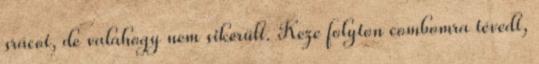
srácot, de valahogy nem sikerült. Keze folyton combomra tévedt,